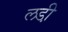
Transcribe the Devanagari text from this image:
लडी़